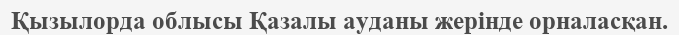
Қызылорда облысы Қазалы ауданы жерінде орналасқан.